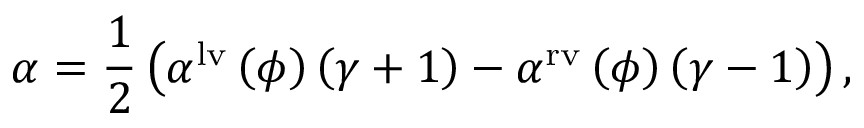
\alpha = \frac { 1 } { 2 } \left( \alpha ^ { \mathrm { { l v } } } \left( \phi \right) \left( \gamma + 1 \right) - \alpha ^ { \mathrm { { r v } } } \left( \phi \right) \left( \gamma - 1 \right) \right) ,